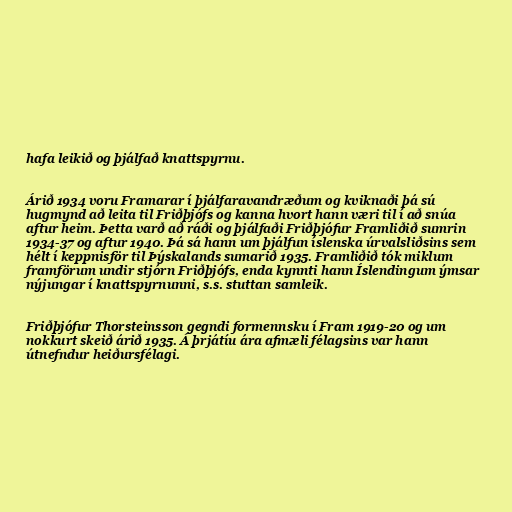
hafa leikið og þjálfað knattspyrnu.

Árið 1934 voru Framarar í þjálfaravandræðum og kviknaði þá sú
hugmynd að leita til Friðþjófs og kanna hvort hann væri til í að snúa
aftur heim. Þetta varð að ráði og þjálfaði Friðþjófur Framliðið sumrin
1934-37 og aftur 1940. Þá sá hann um þjálfun íslenska úrvalsliðsins sem
hélt í keppnisför til Þýskalands sumarið 1935. Framliðið tók miklum
framförum undir stjórn Friðþjófs, enda kynnti hann Íslendingum ýmsar
nýjungar í knattspyrnunni, s.s. stuttan samleik.

Friðþjófur Thorsteinsson gegndi formennsku í Fram 1919-20 og um
nokkurt skeið árið 1935. Á þrjátíu ára afmæli félagsins var hann
útnefndur heiðursfélagi.